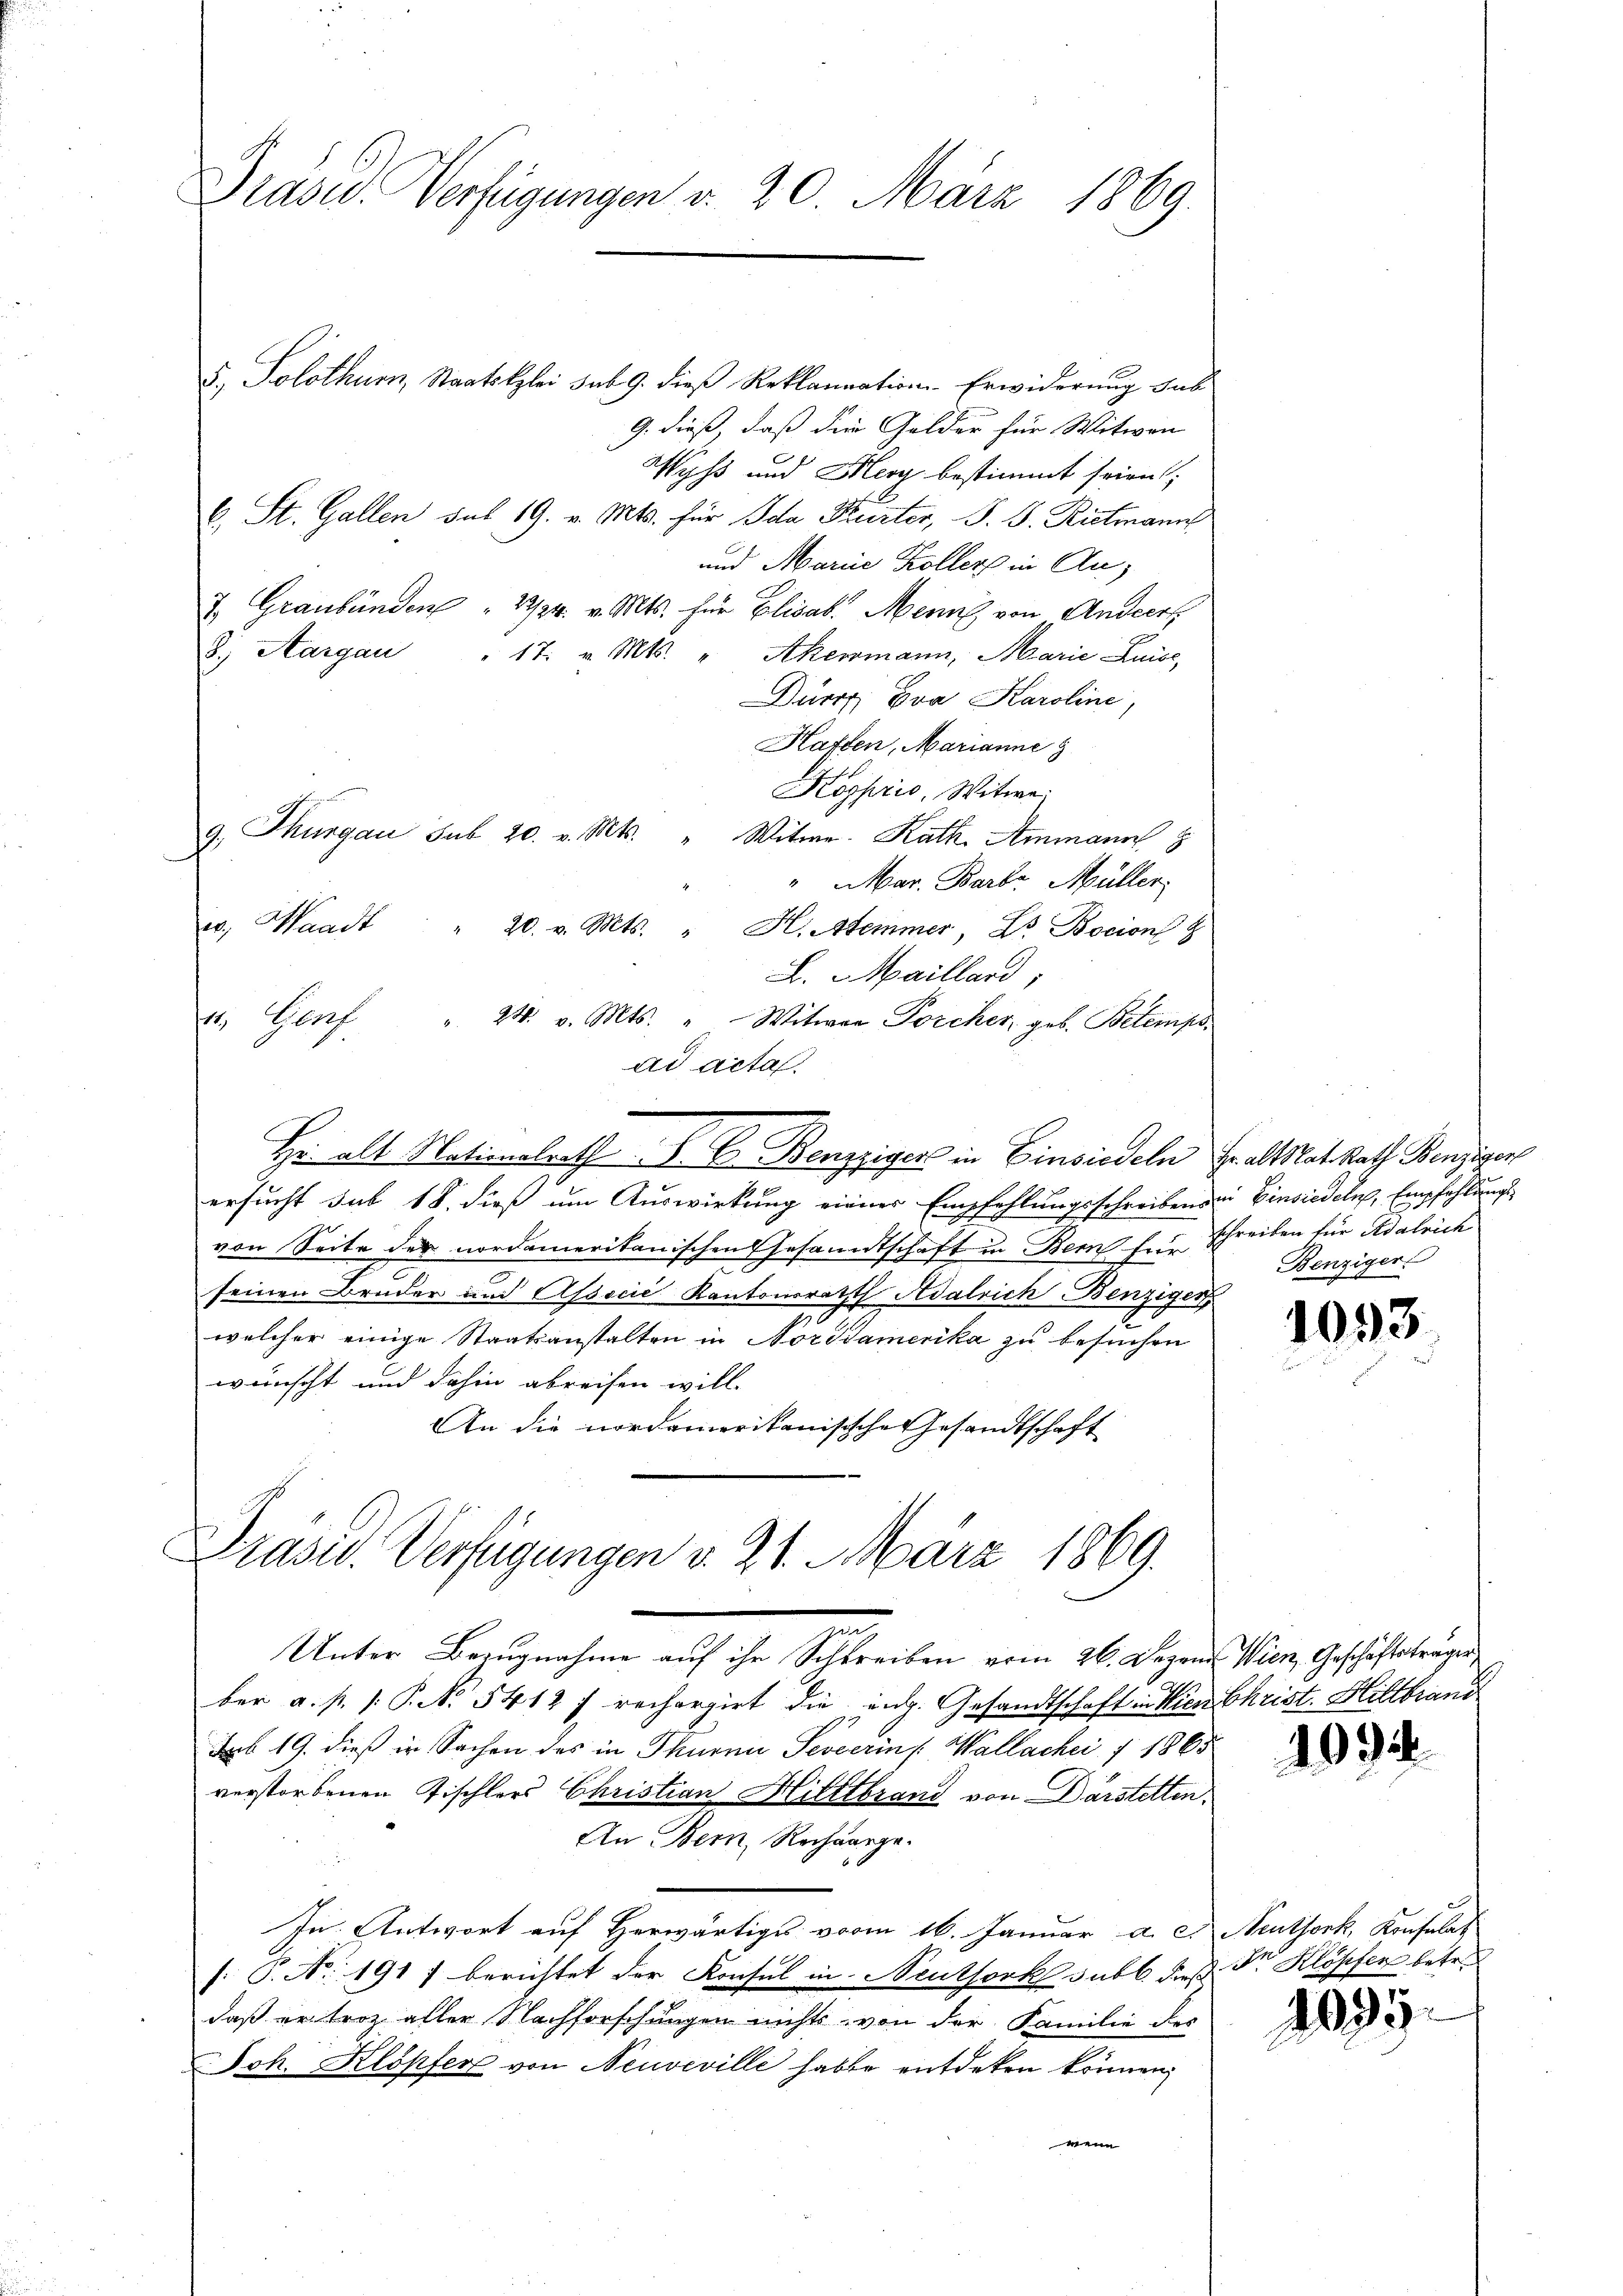
Präsid. Verfügungen v. 20. März 1869.

5, Solothurn, Staatskzlei sub. 9. dieß Reklamation Erwiderung sub
9. dieß, daß die Gelder für Witwen
Wyß und Merz bestimmt seien;
C. St. Gallen sub 19. v. Mts. für Ida Kurter, P. J. Rietmann
und Marie Koller in An¬
7. Graubünden " 2/24. v. Mts. für Elisab. Menns von Andrers
8.) Aargau " 17. v. Mts. " Akermann, Marie Luise,
Durch Eva Karolini,
Haften, Marianne
Kogprio, Witwe
9. Thurgau sub 20. v. Mts. " Witwe. Kath. Ammann
"Mar. Barbr. Müller.
e. Waadt " 20. v. Mts. " H. Stemmer, Dr. Bocion
L. Maillard,
11. Genf " 24. v. Mts. " Witwer Porcher, geb. Betemps
ad acta.
Hr. alt Nationalrath P. C. Benzziger in Einsiedeln. Er allat Rath Benziger
ersucht sub 18. dieß um Auswirkung einner Empfehlungsschreibens in Einsiedeln, Empfehlungs
von Seite der nordamerikanischen Gesandtschaft in Bern f. schreiben für Adalrich
seinen Bruder und Associć Kantonsrath Adalrich Benziger
welcher einige Staatsanstalten in Norddamerika zu besuchen
wünscht und dahin abreisen will-
An die nordamerikanisische Gesandtschaft
Präsid. Verfügungen v. 21. März 1869.

e
Unter Bezugnahme auf ihr Schreiben vom 26. Dezen Wien, Geschäftsträger

Benziger.

ber a. p. P.P. No 5412 f rechargirt die eng. Gesandtschaft in Wien Christ. Hillbrand
Sub 19. dieß in Sachen des in Thurne Seveerins. Wallachei § 1865
verstorbenen Tischlers Christian Hitttbrand von Darstetten.
An Bern, Rechnerge-
In Antwort auf Herwärtige vom 16. Januar a. c. Neuthork, Konsulat
: P. Nr. 1917 berichtet der Konsul in Neuthork subt dieß der Klöpfen betr.
daß er troz aller Nachforschungen nichts von der Familie des
Joh. Klopfer von Neuveville habte entdeken können,
wenn

1093

10.

2035.